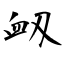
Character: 衂